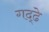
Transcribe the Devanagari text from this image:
गद्ढे